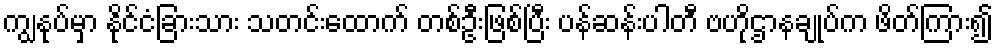
ကျွနုပ်မှာ နိုင်ငံခြားသား သတင်းထောက် တစ်ဦးဖြစ်ပြီး ပန်ဆန်းပါတီ ဗဟိုဌာနချုပ်က ဖိတ်ကြား၍